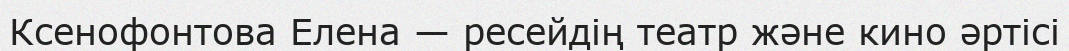
Ксенофонтова Елена — ресейдің театр және кино әртісі